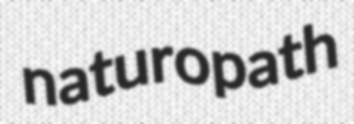
naturopath